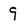
Character: 9